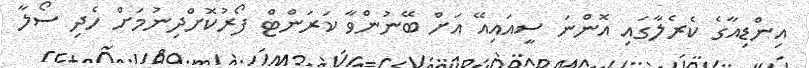
އިންޑިއާގެ ކެރެލާގައި އޮންނަ ސީއައިއޭ އަށް ބޭނުންވާ ކަރަންޓް ފޯރުކޮށްދިނުމަށް ހެދި ސޯލާ